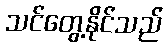
သင်တွေ့နိုင်သည်